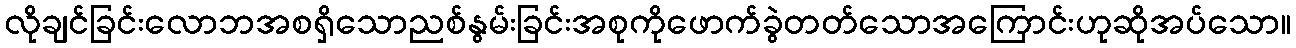
လိုချင်ခြင်းလောဘအစရှိသောညစ်နွမ်းခြင်းအစုကိုဖောက်ခွဲတတ်သောအကြောင်းဟုဆိုအပ်သော။